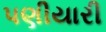
પણીયારી